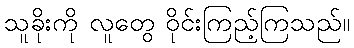
သူခိုးကို လူတွေ ဝိုင်းကြည့်ကြသည်။